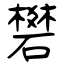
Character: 礬